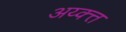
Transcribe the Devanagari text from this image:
अय्क्त्त